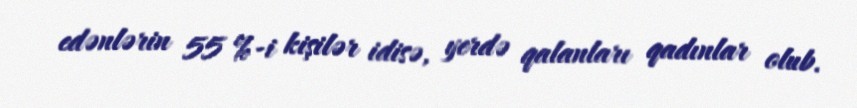
edənlərin 55 %-i kişilər idisə, yerdə qalanları qadınlar olub.